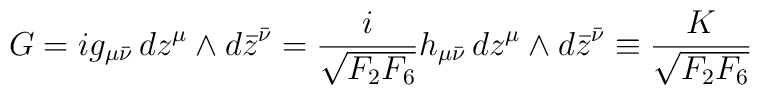
G = i g_{\mu\bar\nu} \, dz^{\mu} \wedge d\bar{z}^{\bar\nu} = {i \over \sqrt{F_2 F_6}} h_{\mu \bar\nu} \, dz^{\mu}\wedge d\bar{z}^{\bar\nu} \equiv  { K \over \sqrt{F_2 F_6}}